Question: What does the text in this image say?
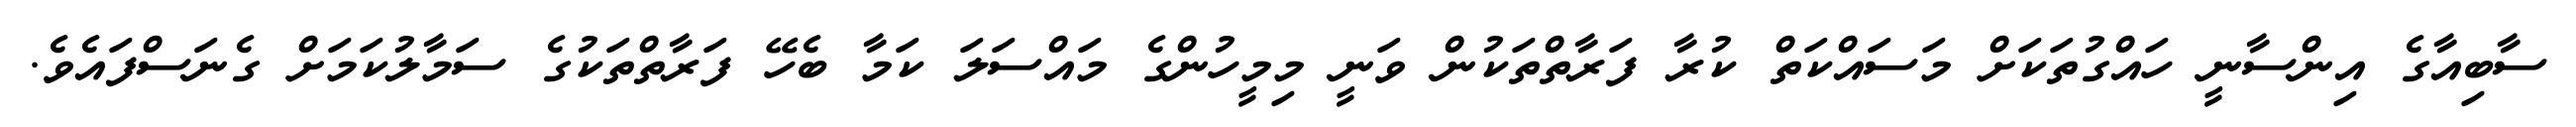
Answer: ސާބިއާގެ އިންސާނީ ހައްގުތަކަށް މަސައްކަތް ކުރާ ފަރާތްތަކުން ވަނީ މިމީހުންގެ މައްސަލަ ކަމާ ބެހޭ ފަރާތްތަކުގެ ސަމާލުކަމަށް ގެނަސްފައެވެ.